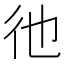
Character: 彵